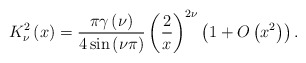
\begin{align*}K_{\nu }^{2}\left( x\right) =\frac{\pi \gamma \left( \nu \right) }{4\sin\left( \nu \pi \right) }\left( \frac{2}{x}\right) ^{2\nu }\left( 1+O\left(x^{2}\right) \right) . \end{align*}